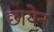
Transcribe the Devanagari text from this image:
छायेन